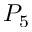
P _ { 5 }